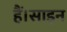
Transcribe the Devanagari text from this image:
हैं।साइन